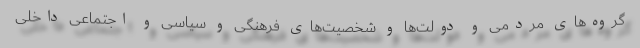
گروه‌های مردمی و دولت‌ها و شخصیت‌های فرهنگی و سیاسی و اجتماعی داخلی